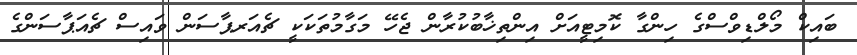
ބައިކް މޯލްޑިވްސްގެ ހިންގާ ކޮމިޓީއަށް އިންތިޚާބުކުރާން ޖެހޭ މަގާމުތަކަކީ ޗެއަރޕާސަން ވައިސް ޗެއަޕާސަންގެ